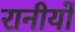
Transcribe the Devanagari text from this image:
रानीयों